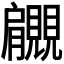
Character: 𧢞